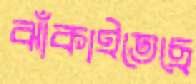
ঝাঁকাইতেছে